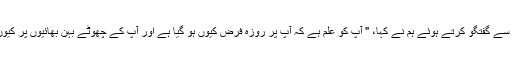
اپنے بیٹے سے گفتگو کرتے ہوئے ہم نے کہا، " آپ کو علم ہے کہ آپ پر روزہ فرض کیوں ہو گیا ہے اور آپ کے چھوٹے بہن بھائیوں پر کیوں نہیں ہوا؟